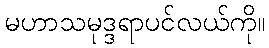
မဟာသမုဒ္ဒရာပင်လယ်ကို။